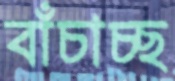
বাঁচাচ্ছ